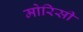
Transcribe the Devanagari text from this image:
मोरिसी